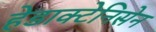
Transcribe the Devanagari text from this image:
हेडाक्टेनिसेन